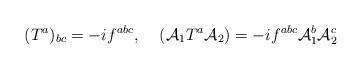
LaTeX: \begin{align*}({T^a})_{bc} = - if^{abc}, \;\;\;\; ({\cal A}_1 T^a{\cal A}_2) = - if^{abc}{\cal A}^b_1 {\cal A}^c_2\end{align*}